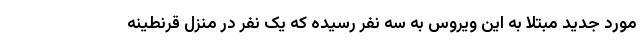
مورد جدید مبتلا به این ویروس به سه نفر رسیده که یک نفر در منزل قرنطینه